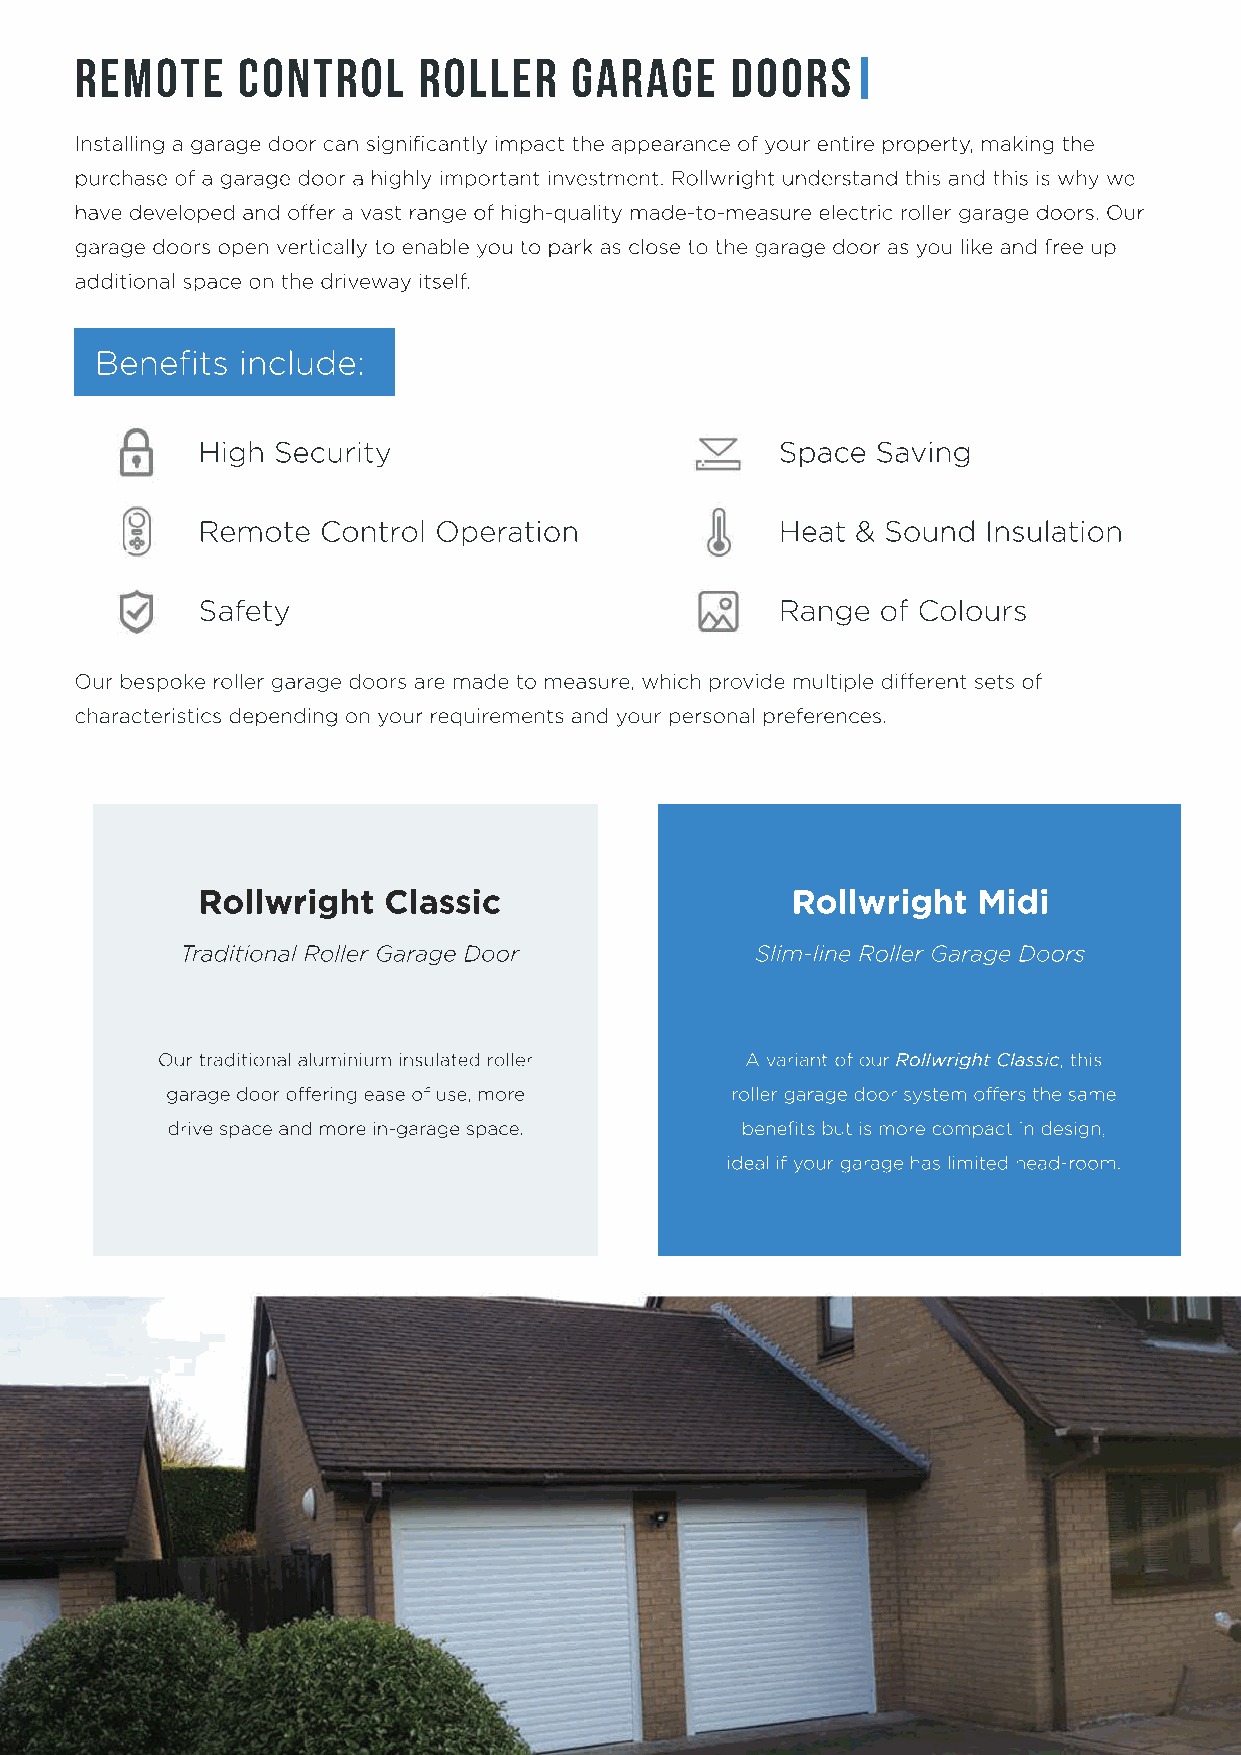
REMOTE     CONTROL     ROLLER    GARAGE    DOORS
 Installing a garage door can significantly impact the appearance of your entire property, making the
 purchase of a garage door a highly important investment. Rollwright understand this and this is why we
 have developed and offer a vast range of high-quality made-to-measure electric roller garage doors. Our
 garage doors open vertically to enable you to park as close to the garage door as you like and free up
 additional space on the driveway itself.
 Benefits  include:
 High Security                          Space Saving
 Remote  Control Operation              Heat & Sound Insulation
 Safety                                 Range of Colours
 Our bespoke roller garage doors are made to measure, which provide multiple different sets of
 characteristics depending on your requirements and your personal preferences.
 Rollwright  Classic                    Rollwright   Midi
 Traditional Roller Garage Door        Slim-line Roller Garage Doors
 Our traditional aluminium insulated roller A variant of our Rollwright Classic, this
 garage door offering ease of use, more roller garage door system offers the same
 drive space and more in-garage space. benefits but is more compact in design,
 ideal if your garage has limited head-room.